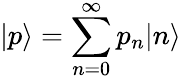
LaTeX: |p\rangle=\sum_{n=0}^{\infty}p_{n}|n\rangle